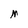
Character: M